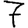
Digit: 7